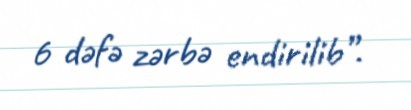
6 dəfə zərbə endirilib”.